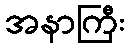
အနာကြီး